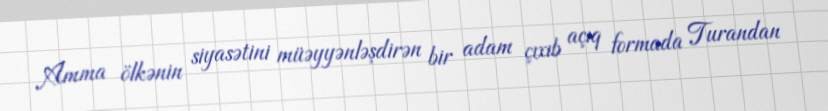
Amma ölkənin siyasətini müəyyənləşdirən bir adam çıxıb açıq formada Turandan